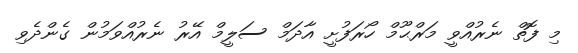
މި ފޮތް ނެރުއްވީ މަރްޙޫމް ހޯރަފުށީ އާދަމް ސަލީމް އޭރު ނެރުއްވަމުން ގެންދެވި